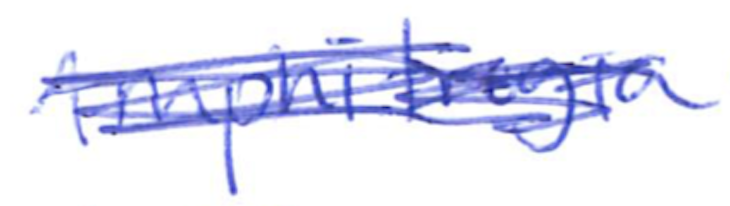
Text: Amphitrogia
Cross-out: mix
Writing tool: ballpoint